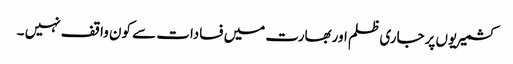
کشمیریوں پرجاری ظلم اوربھارت میں فسادات سے کون واقف نہیں ۔